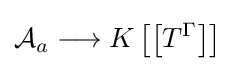
{\mathcal {A}}_{a}\longrightarrow K\left[\left[T^{\Gamma }\right]\right]